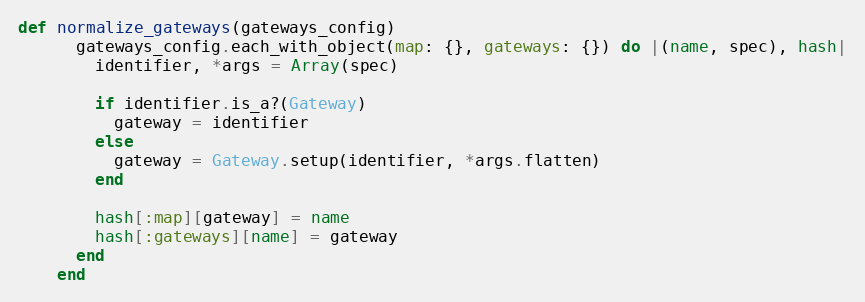
Language: Ruby
def normalize_gateways(gateways_config)
      gateways_config.each_with_object(map: {}, gateways: {}) do |(name, spec), hash|
        identifier, *args = Array(spec)

        if identifier.is_a?(Gateway)
          gateway = identifier
        else
          gateway = Gateway.setup(identifier, *args.flatten)
        end

        hash[:map][gateway] = name
        hash[:gateways][name] = gateway
      end
    end